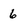
Character: 6